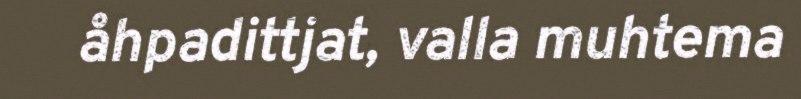
åhpadittjat, valla muhtema